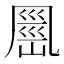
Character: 𭂹